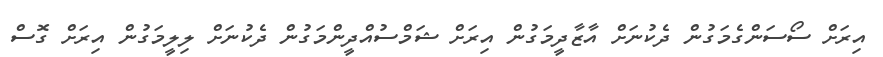
އިރަށް ސޯސަންގެމަގުން ދެކުނަށް އާޒާދީމަގުން އިރަށް ޝަމްސުއްދީންމަގުން ދެކުނަށް ލިލީމަގުން އިރަށް ގޮސް